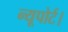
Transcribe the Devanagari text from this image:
न्यूपोर्ट।